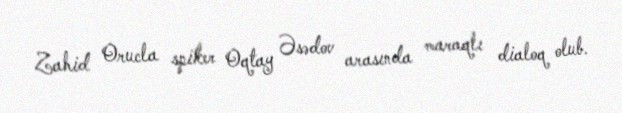
Zahid Orucla spiker Oqtay Əsədov arasında maraqlı dialoq olub.